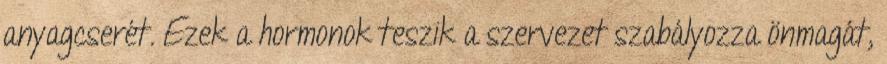
anyagcserét. Ezek a hormonok teszik a szervezet szabályozza önmagát,